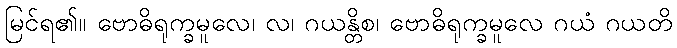
မြင်ရ၏။ ဗောဓိရုက္ခမူလေ၊ လ၊ ဂယန္တိစ၊ ဗောဓိရုက္ခမူလေ ဂယံ ဂယတိ